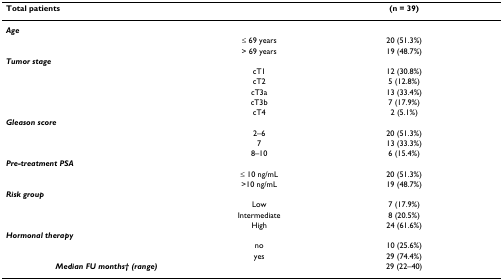
| <COLSPAN=2> Total patients | (n = 39) |
 | --- | --- | --- |
 | Age |  |  |
 |  | ≤ 69 years | 20 (51.3%) |
 |  | > 69 years | 19 (48.7%) |
 | Tumor stage |  |  |
 |  | cT1 | 12 (30.8%) |
 |  | cT2 | 5 (12.8%) |
 |  | cT3a | 13 (33.4%) |
 |  | cT3b | 7 (17.9%) |
 |  | cT4 | 2 (5.1%) |
 | Gleason score |  |  |
 |  | 2–6 | 20 (51.3%) |
 |  | 7 | 13 (33.3%) |
 |  | 8–10 | 6 (15.4%) |
 | Pre-treatment PSA |  |  |
 |  | ≤ 10 ng/mL | 20 (51.3%) |
 |  | >10 ng/mL | 19 (48.7%) |
 | Risk group |  |  |
 |  | Low | 7 (17.9%) |
 |  | Intermediate | 8 (20.5%) |
 |  | High | 24 (61.6%) |
 | Hormonal therapy |  |  |
 |  | no | 10 (25.6%) |
 |  | yes | 29 (74.4%) |
 | Median FU months† (range) |  | 29 (22–40) |